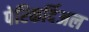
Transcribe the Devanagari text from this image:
पेरिकर्दिअल